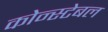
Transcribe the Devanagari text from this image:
कोन्स्टेबल